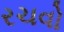
રચવો